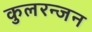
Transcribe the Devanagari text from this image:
कुलरन्जन